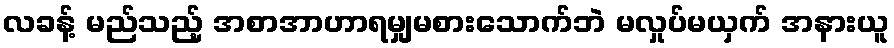
လခန့် မည်သည့် အစာအာဟာရမျှမစားသောက်ဘဲ မလှုပ်မယှက် အနားယူ